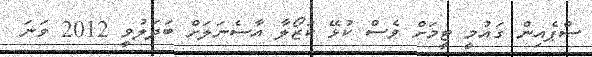
ސްޕެއިން ގައުމީ ޓީމަށް ވެސް ކުޅޭ ކަޒޯލާ އާސެނަލަށް ބަދަލުވީ 2012 ވަނަ